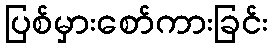
ပြစ်မှားစော်ကားခြင်း